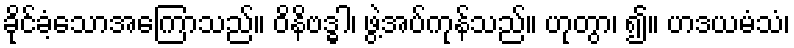
ခိုင်ခံ့သောအကြောသည်။ ဝိနိဗဒ္ဓါ၊ ဖွဲ့အပ်ကုန်သည်။ ဟုတွာ၊ ၍။ ဟဒယမံသံ၊